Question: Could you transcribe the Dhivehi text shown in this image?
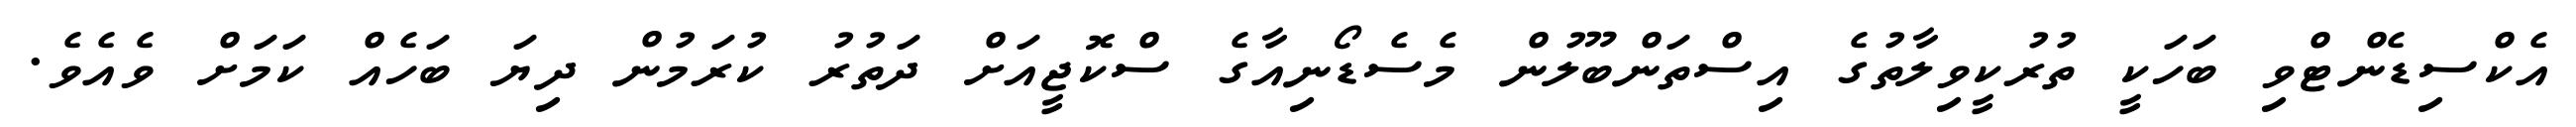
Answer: އެކްސިޑެންޓްވި ބަހަކީ ތުރުކީވިލާތުގެ އިސްތަންބޫލުން މެސެޑޯނިއާގެ ސްކޮޖީއަށް ދަތުރު ކުރަމުން ދިޔަ ބަހެއް ކަމަށް ވެއެވެ.